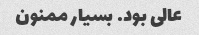
عالی بود. بسیار ممنون